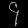
Digit: ၄